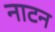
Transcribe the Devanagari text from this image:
नाटन